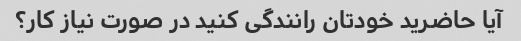
آیا حاضرید خودتان رانندگی کنید در صورت نیاز کار؟